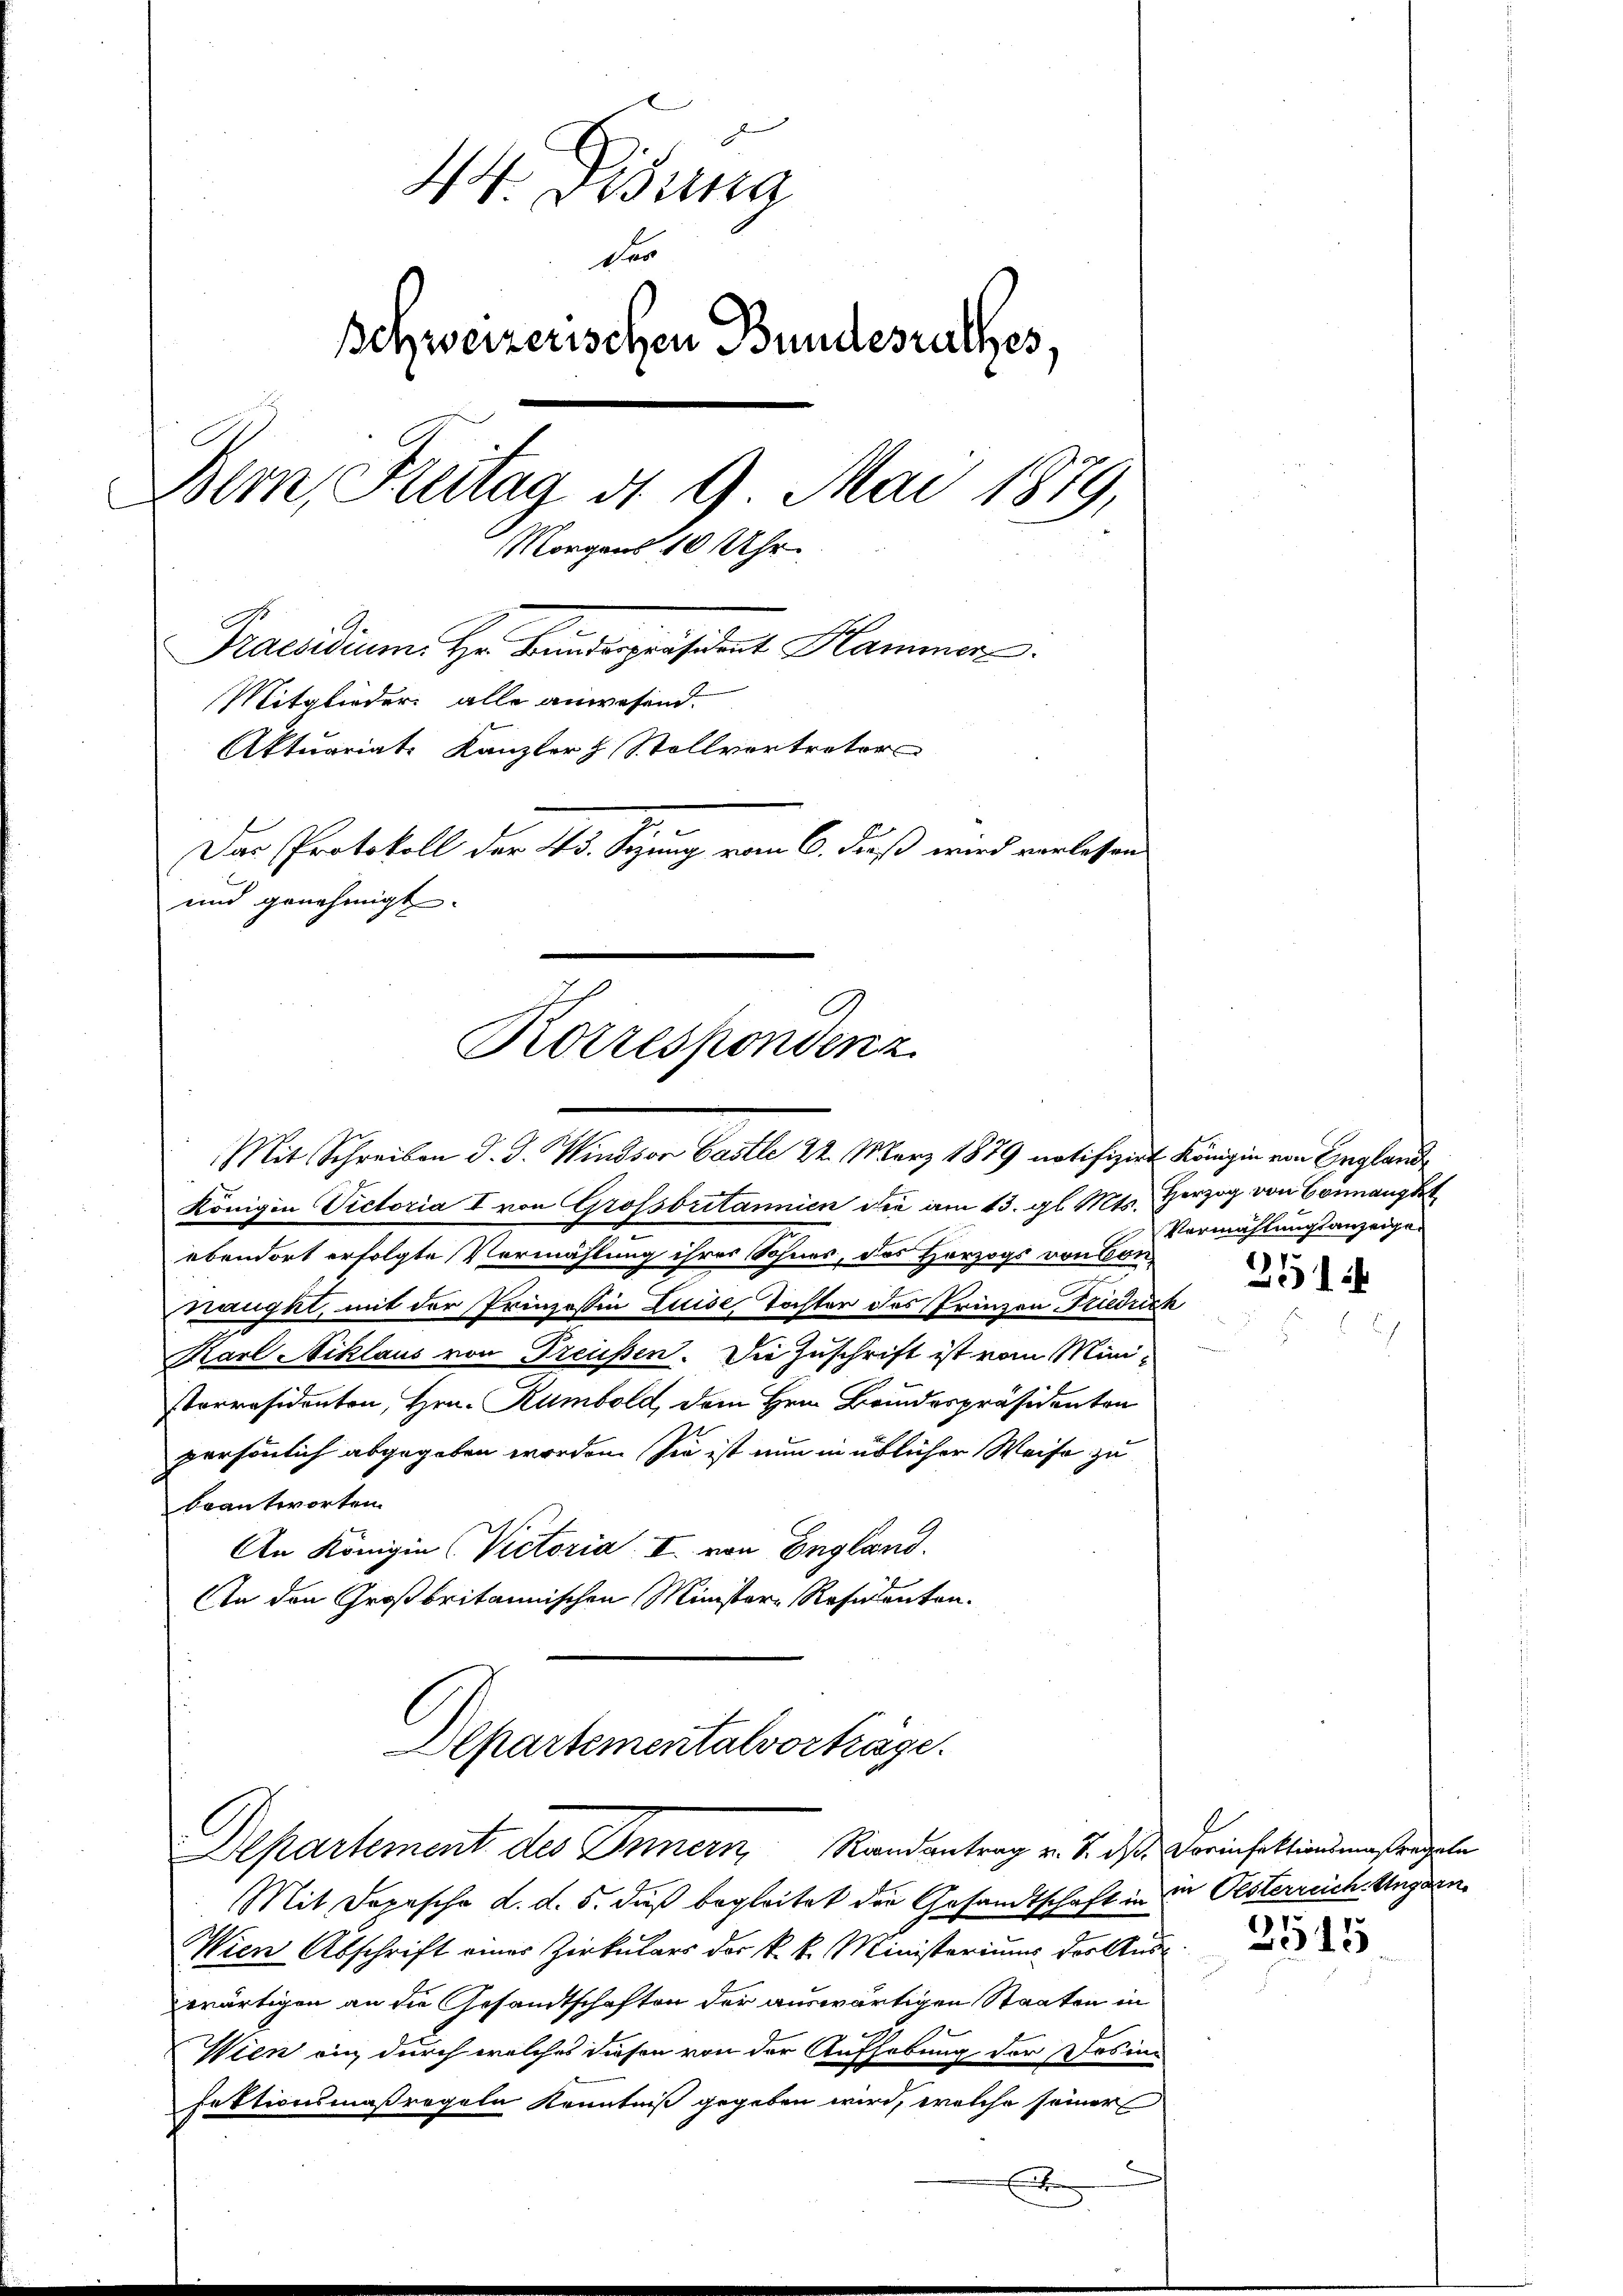
44. Disung
Der
Schweizerischen Bundesrathes,
Bern, Freitag d. 9. Mai 1879,
Morgens 10 Uhr
Praesidium. Hr. Bindspräsident Hammerz
Mitglieder alle anwesend.
Aktuariats Kanzler & Stellvertreters
Das Protokoll der 45. Setzung vom 6. dieß wird vorlesen
und genehmigt.

Korrespondenz

Mit Schreiben d. J. Windsor Castle 22. März 1879 notifizirt Königin von Englande

Königen Victoria I von Grossoritannien die am 13. gl. Mts. Herzog von Sonnankt
ebendort erfolgte Vermählung ihrer Sohnes, das Herzogs von Con
naugkt, mit der Prinzessin Luise Tochter des Prinzen Friedrich
Karl Niklaus von Preußen. Die Zuschrift ist vom Miniserräsidenten, Hrn. Rumbold, dem Hrn. Brindespräsidenten
persönlich abgegeben worden. Sie ist nun in üblicher Weise zu
beantworten.
An Königin (Victoria II. von England.
An den Großbritannischen Ministere Residenten.
Departementalvorträge.

Departement des Innern Randantrag v. J. das Dorinsttindungsregeln

Mit Depesche d. d. 5. dieß begleitet den Gesandtschaft in in Oesterreich. Ungarn¬
Wien Abschrift eines Zirkulars der k. k. Ministeriums der Auswärtigen an die Gesandtschaften der auswärtigen Staaten in
Wien ein durch welches diesen von der Aufhebung der Dosin
fektionsmaßregeln Kenntniß gegeben wird, welche seiner
E

Vermahlungsanzeige¬

.
1

1.
15